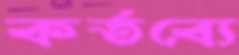
কর্তব্যে